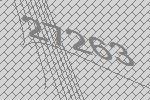
27263